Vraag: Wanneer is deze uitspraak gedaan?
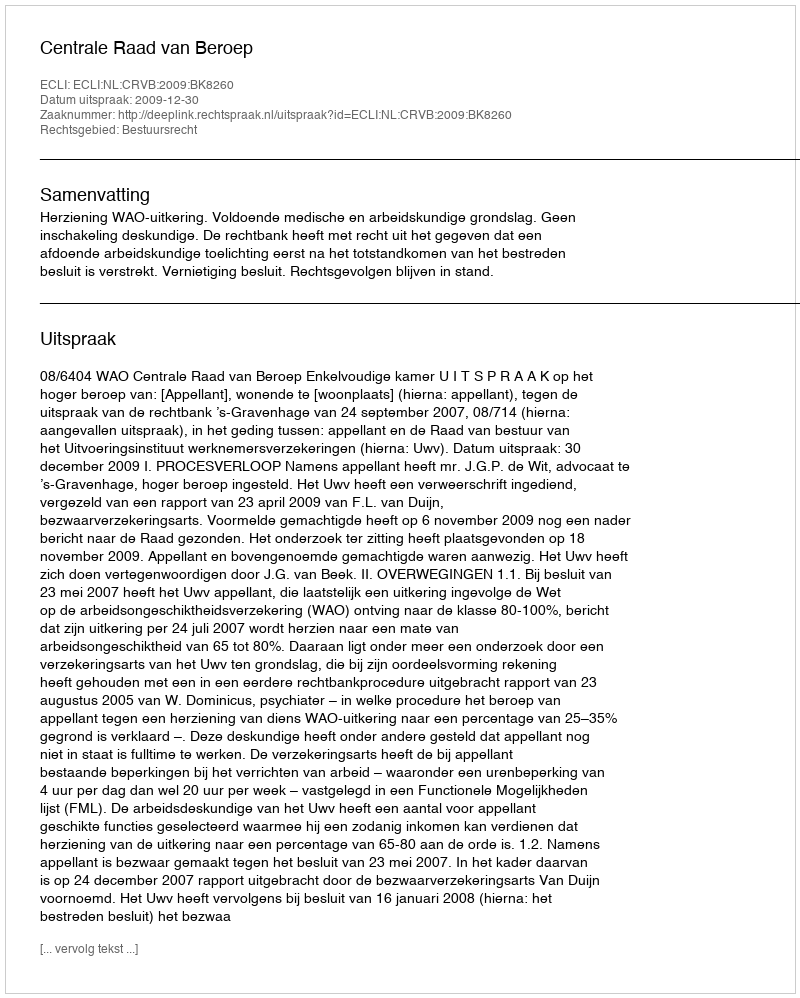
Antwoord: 2009-12-30